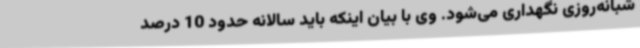
شبانه‌روزی نگهداری می‌شود. وی با بیان اینکه باید سالانه حدود 10 درصد